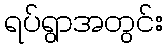
ရပ်ရွာအတွင်း